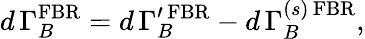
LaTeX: d\, \Gamma_{B}^{\mathrm{FBR}}=d\, \Gamma_{B}^{\prime\, \mathrm{FBR}}-d\, \Gamma_{B}^{(s)\, \mathrm{FBR}},